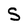
Character: S